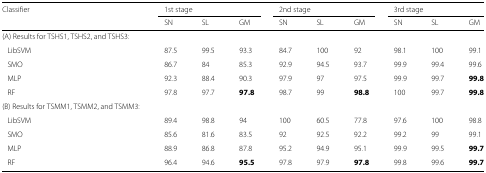
<table><thead><tr><td><b>Classifier</b></td><td colspan="3"><b>1st stage</b></td><td colspan="3"><b>2nd stage</b></td><td colspan="3"><b>3rd stage</b></td></tr><tr><td></td><td><b>SN</b></td><td><b>SL</b></td><td><b>GM</b></td><td><b>SN</b></td><td><b>SL</b></td><td><b>GM</b></td><td><b>SN</b></td><td><b>SL</b></td><td><b>GM</b></td></tr></thead><tbody><tr><td>(A) Results for TSHS1, TSHS2, and TSHS3:</td><td></td><td></td><td></td><td></td><td></td><td></td><td></td><td></td><td></td></tr><tr><td>LibSVM</td><td>87.5</td><td>99.5</td><td>93.3</td><td>84.7</td><td>100</td><td>92</td><td>98.1</td><td>100</td><td>99.1</td></tr><tr><td>SMO</td><td>86.7</td><td>84</td><td>85.3</td><td>92.9</td><td>94.5</td><td>93.7</td><td>99.9</td><td>99.4</td><td>99.6</td></tr><tr><td>MLP</td><td>92.3</td><td>88.4</td><td>90.3</td><td>97.9</td><td>97</td><td>97.5</td><td>99.9</td><td>99.7</td><td><b>99.8</b></td></tr><tr><td>RF</td><td>97.8</td><td>97.7</td><td><b>97.8</b></td><td>98.7</td><td>99</td><td><b>98.8</b></td><td>100</td><td>99.7</td><td><b>99.8</b></td></tr><tr><td>(B) Results for TSMM1, TSMM2, and TSMM3:</td><td></td><td></td><td></td><td></td><td></td><td></td><td></td><td></td><td></td></tr><tr><td>LibSVM</td><td>89.4</td><td>98.8</td><td>94</td><td>100</td><td>60.5</td><td>77.8</td><td>97.6</td><td>100</td><td>98.8</td></tr><tr><td>SMO</td><td>85.6</td><td>81.6</td><td>83.5</td><td>92</td><td>92.5</td><td>92.2</td><td>99.2</td><td>99</td><td>99.1</td></tr><tr><td>MLP</td><td>88.9</td><td>86.8</td><td>87.8</td><td>95.2</td><td>94.9</td><td>95.1</td><td>99.9</td><td>99.5</td><td><b>99.7</b></td></tr><tr><td>RF</td><td>96.4</td><td>94.6</td><td><b>95.5</b></td><td>97.8</td><td>97.9</td><td><b>97.8</b></td><td>99.8</td><td>99.6</td><td><b>99.7</b></td></tr></tbody></table>